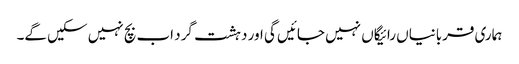
ہماری قربانیاں رائیگاں نہیں جائیں گی اور دہشت گرد اب بچ نہیں سکیں گے۔